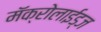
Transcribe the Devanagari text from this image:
मॅक्रोलाईड्ज